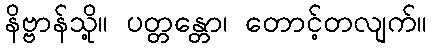
နိဗ္ဗာန်သို့။ ပတ္တန္တော၊ တောင့်တလျက်။